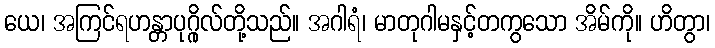
ယေ၊ အကြင်ရဟန္တာပုဂ္ဂိုလ်တို့သည်။ အဂါရံ၊ မာတုဂါမနှင့်တကွသော အိမ်ကို။ ဟိတွာ၊